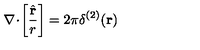
{ \bf \nabla } \! \cdot \! \left[ \frac { \hat { \bf r } } { r } \right] = 2 \pi \delta ^ { ( 2 ) } ( { \bf r } )